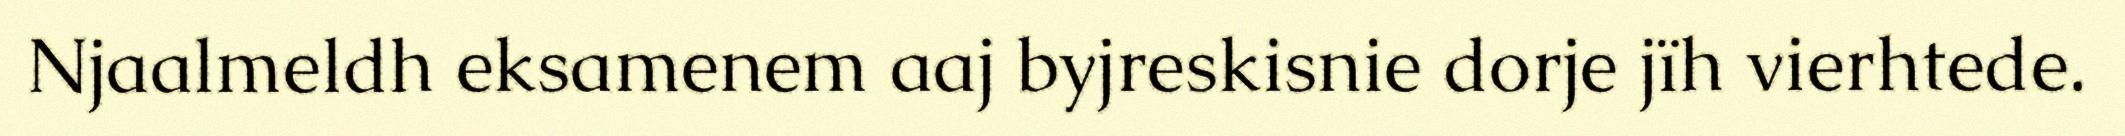
Njaalmeldh eksamenem aaj byjreskisnie dorje jïh vierhtede.